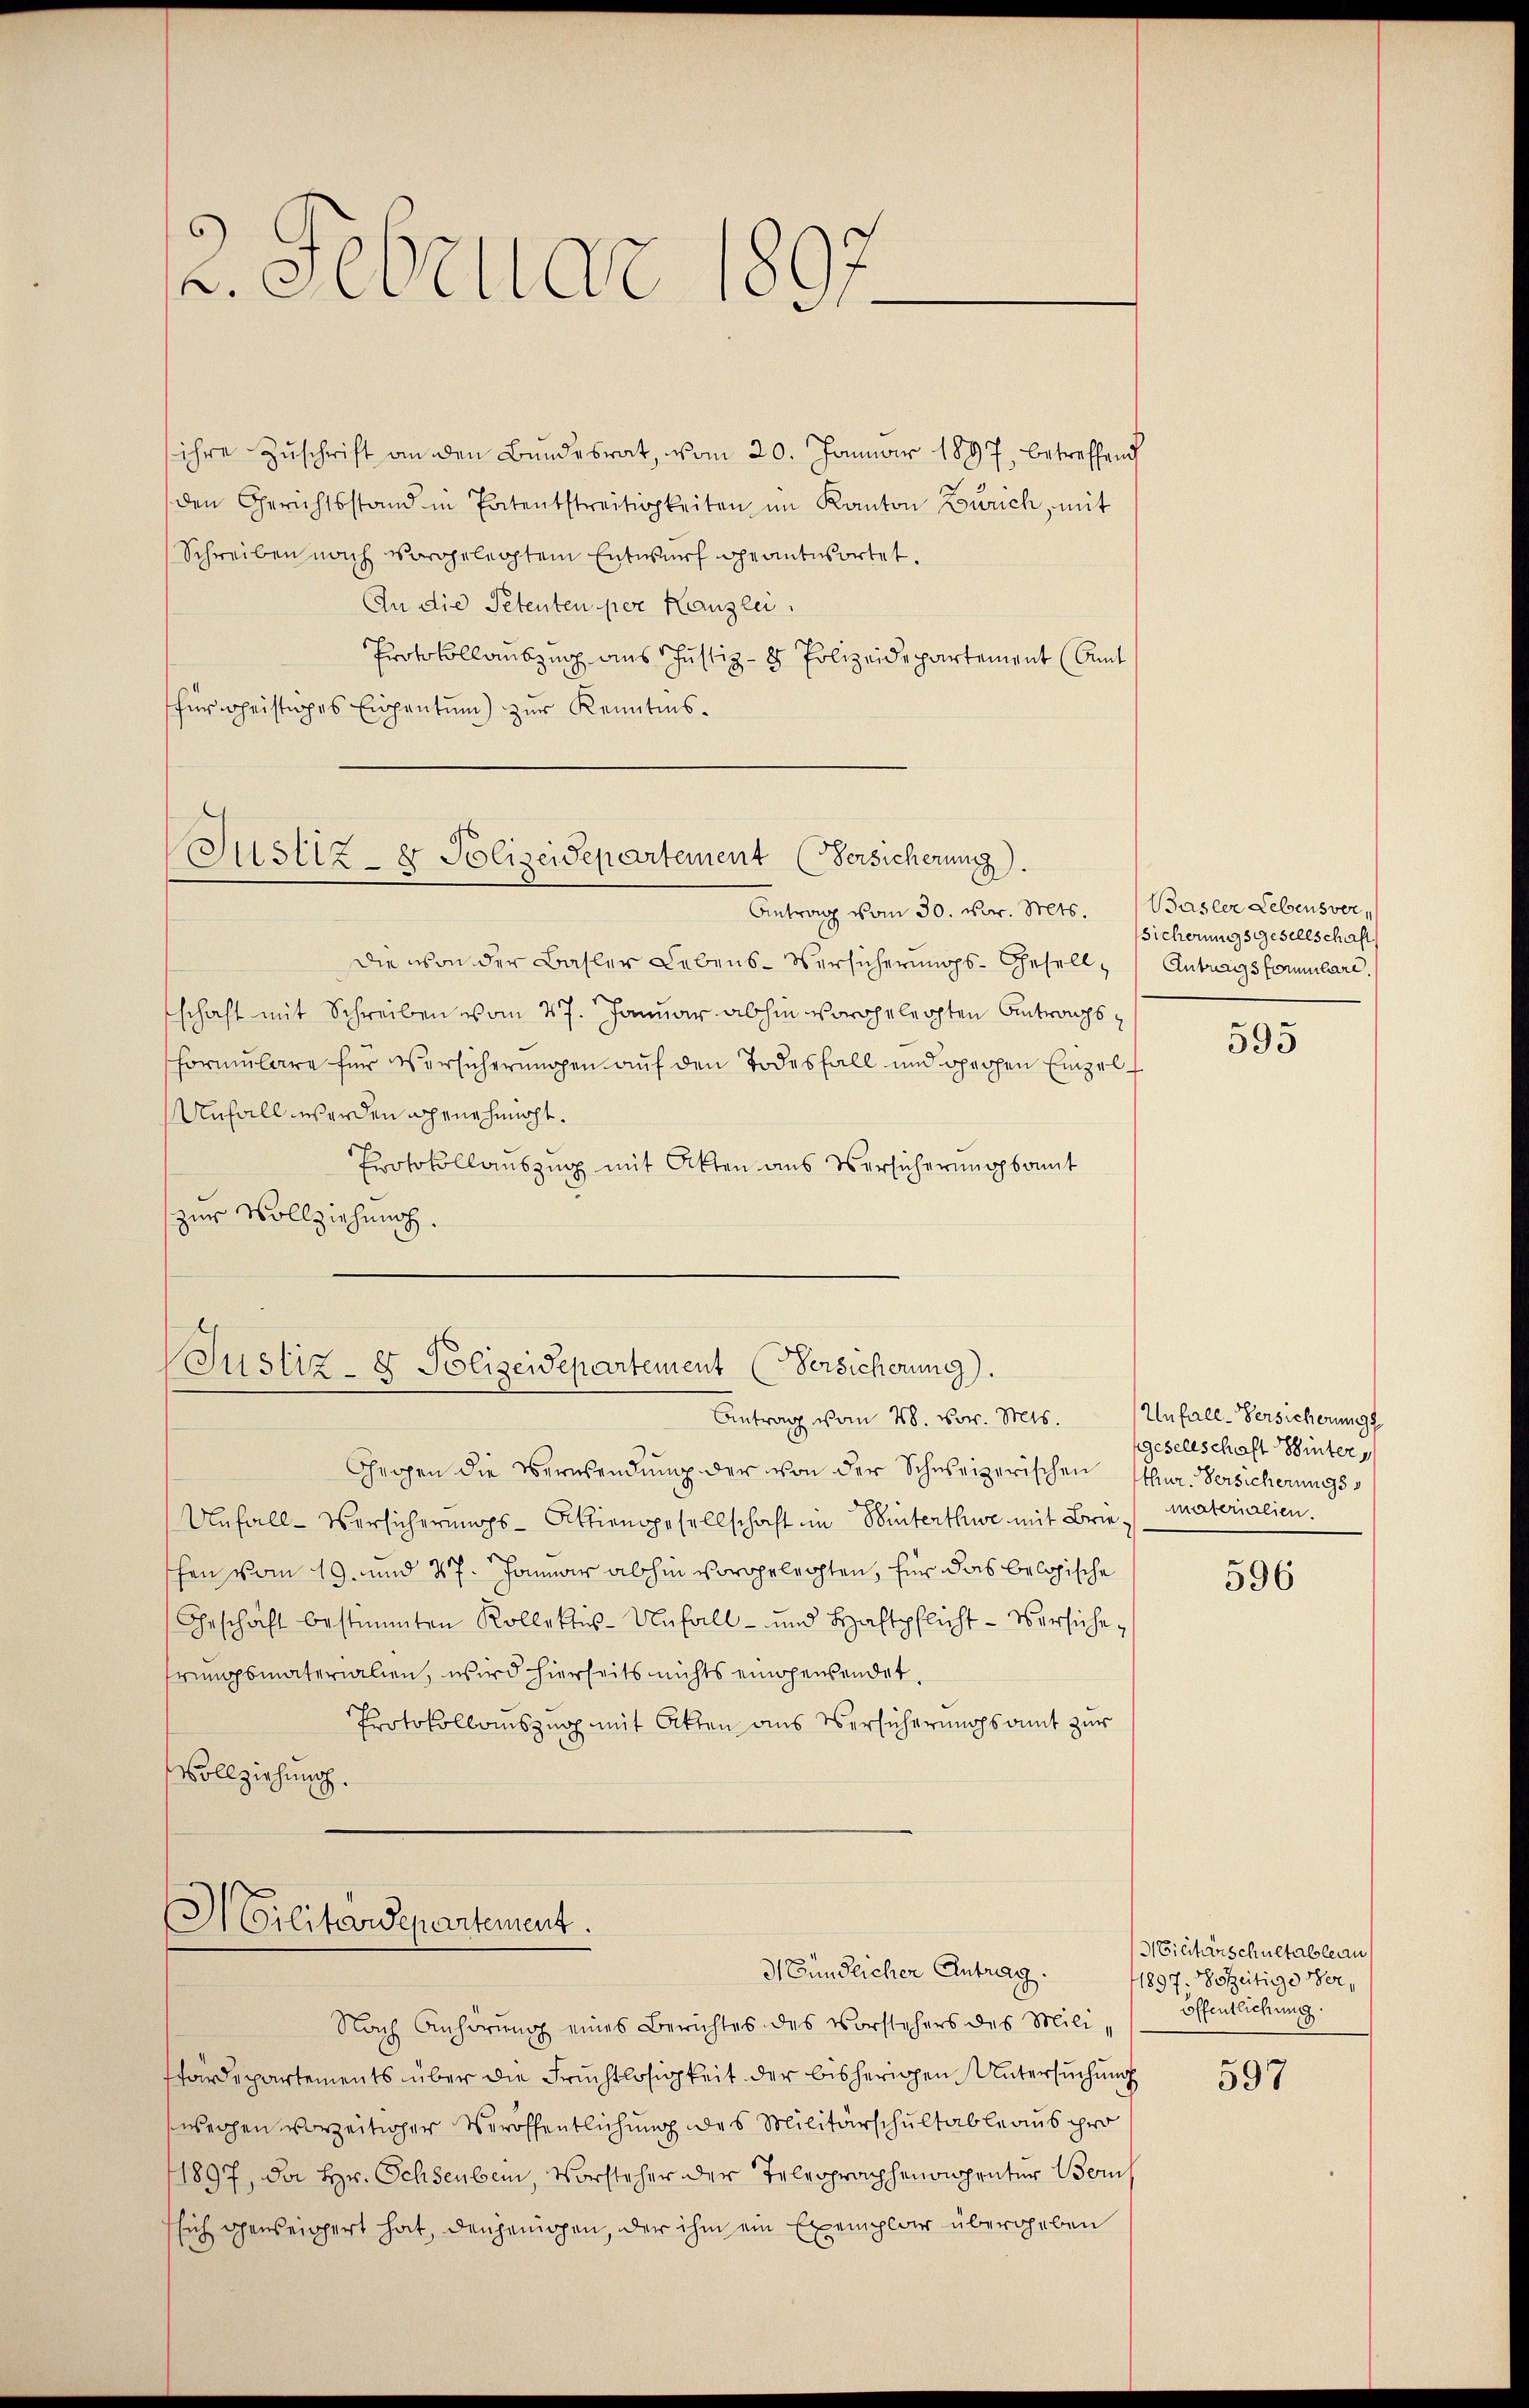
2. Februar 1897

ihre Zuschrift an den Bundesrat, vom 20. Januar 1897, betreffend
den Gerichtsstand in Patentstreitigkeiten im Kanton Zürich, mit
Schreiben nach vorgelegtem Entwurf geantwortet.
An die Petenten per Kanzlei.
Protokollauszug aus Justiz- & Polizeidepartement (Amt
für heistiges Eigentum) zur Kenntnis.

Justiz- & Polizeidepartement (Versicherung.
Antrag vom 30. vor. Mts. Basler Lebensver¬

Justiz- & Polizeidepartement (Versicherung).
Antrag vom 28. vor. Mts. (Unfall-Versicherungs

Die von der Basler Lebens-Versicherungs-Gesellschaft mit Schreiben vom 27. Januar abhin vorgelegten Antrags
Formulare für Versicherungen auf den Todesfall und gechen Einzel¬
Unfall werden genehmigt.
Protokollauszug mit Akten aus Versicherungsamt
zur Vollziehung.

Gegen die Verwendung der von der Schweizerischen thur. Versicherungss
Unfall-Versicherungs-Aktiengesellschaft in Winterthe mit Brie, (materialien.
schen vom 19. und 27. Jonar abhin vorgelechten, für das belopische
Geschäft bestimmten Kollektis-Unfall- und Haftpflicht - Versicherungsmaterialien, wird hierseits nichts eingewendet.
Protokollauszug mit Akten aus Versicherungsamt zur
Vollziehung.

Militärdepartement.
Mündlicher Antrag.

Nach Anhörung eines Berichtes des Vorstehers des Milifärdepartements über die Früchtlosigkeit der bisherigen Untersuchung
wegen vorzeitiger Veröffentlichung des Militärschultableaus pro
11897, da Hr. Ochsenbein, Vorsteher der Teleoprophenonpentur Ber
sich geweichert hat, denjenigen, der ihm ein Exemplar übergeben

sicherungsgesellschaft
Antragsformulare.

595

fgesellschaft Winter

596

Militärschultableau
1897. Botzeitige Veröffentlichung.

597